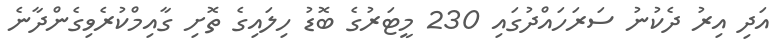
އަދި އިރު ދެކުނު ސަރަހައްދުގައި 230 މީޓަރުގެ ބޮޑު ހިލައިގެ ތޮށި ގާއިމްކުރެވިގެންދާނެ